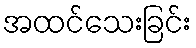
အထင်သေးခြင်း